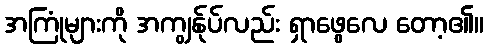
အကြုံများကို အကျွန်ုပ်လည်း ရှာဖွေလေ တော့၏။